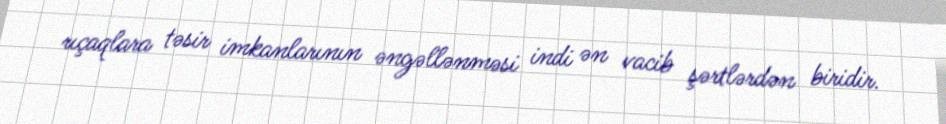
rıçaqlara təsir imkanlarının əngəllənməsi indi ən vacib şərtlərdən biridir.